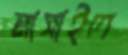
মাসাইল